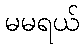
မမရယ်